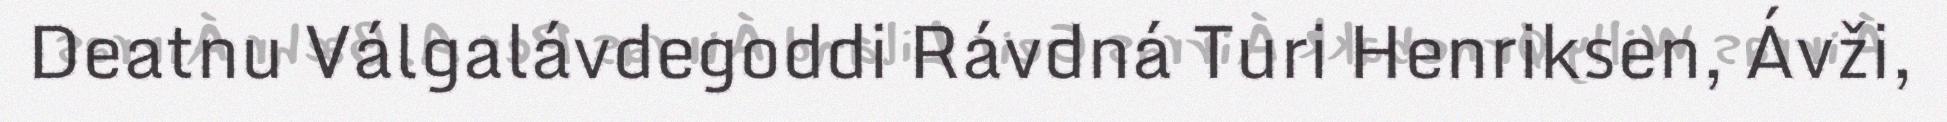
Deatnu Válgalávdegoddi Rávdná Turi Henriksen, Ávži,